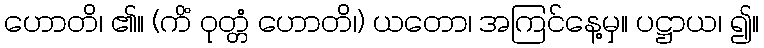
ဟောတိ၊ ၏။ (ကိံ ဝုတ္တံ ဟောတိ၊) ယတော၊ အကြင်နေ့မှ။ ပဋ္ဌာယ၊ ၍။